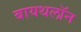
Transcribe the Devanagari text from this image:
बायथलॉन